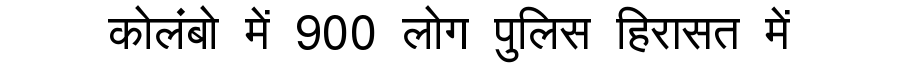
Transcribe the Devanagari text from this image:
कोलंबो में 900 लोग पुलिस हिरासत में